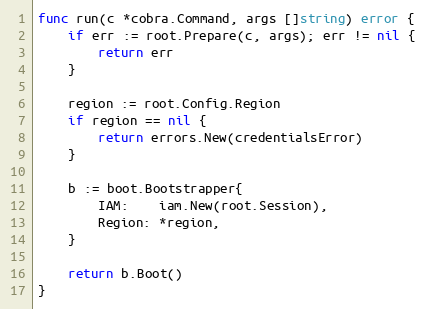
Language: Go
func run(c *cobra.Command, args []string) error {
	if err := root.Prepare(c, args); err != nil {
		return err
	}

	region := root.Config.Region
	if region == nil {
		return errors.New(credentialsError)
	}

	b := boot.Bootstrapper{
		IAM:    iam.New(root.Session),
		Region: *region,
	}

	return b.Boot()
}